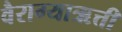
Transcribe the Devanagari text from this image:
वैराग्याऋत्ती